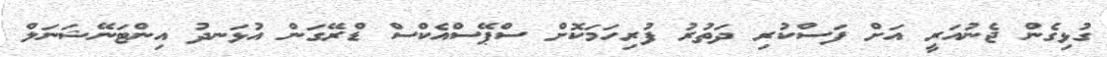
ގުޅިގެން ޖެނުއަރީ އަށް ފަސްކުރި ދަތުރު ފުރިހަމަކޮށް ސްޕޭސްއެކްސް ޑްރޭގަން އުޅަނދު އިންޓަނޭޝަނަލް